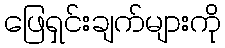
ဖြေရှင်းချက်များကို